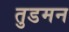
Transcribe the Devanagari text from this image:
तुडमन